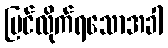
မြင်လိုက်ရသောအခါ